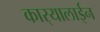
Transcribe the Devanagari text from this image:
कार्‍यालाईन